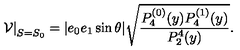
\left. \mathcal { V } \right| _ { S = S _ { 0 } } = | e _ { 0 } e _ { 1 } \sin \theta | \sqrt { \frac { P _ { 4 } ^ { ( 0 ) } ( y ) P _ { 4 } ^ { ( 1 ) } ( y ) } { P _ { 2 } ^ { 4 } ( y ) } } .